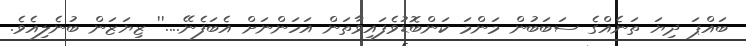
ބައްޕަ ދިޔަ ތަނެއްގެ ސަބަބުން މަންމަ ކަންބޮޑުވެފައިވާތަން އަހަންނަށް އެބަފެނޭ....'' ޒިޔަޒަން ބުނެލިއެވެ.